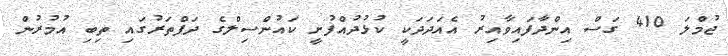
ޖުމްލަ 410 ގަސް އިންދާފައިވާއިރު އެއަދަދަކީ ކުޅުދުއްފުށީ ކައުންސިލްގެ ދަފްތަރުގައި ތިބި އުމުރުން